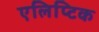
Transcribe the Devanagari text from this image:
एलिप्टिक